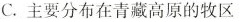
C.主要分布在青藏高原的牧区